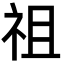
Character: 祖